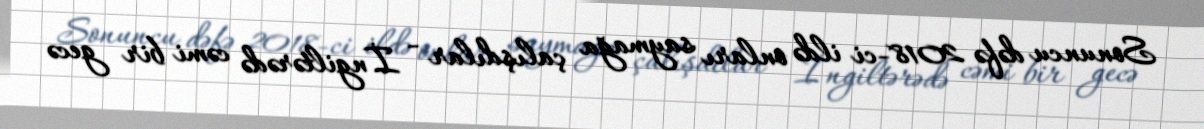
Sonuncu dəfə 2018-ci ildə onları saymağa çalışdılar - İngiltərədə cəmi bir gecə